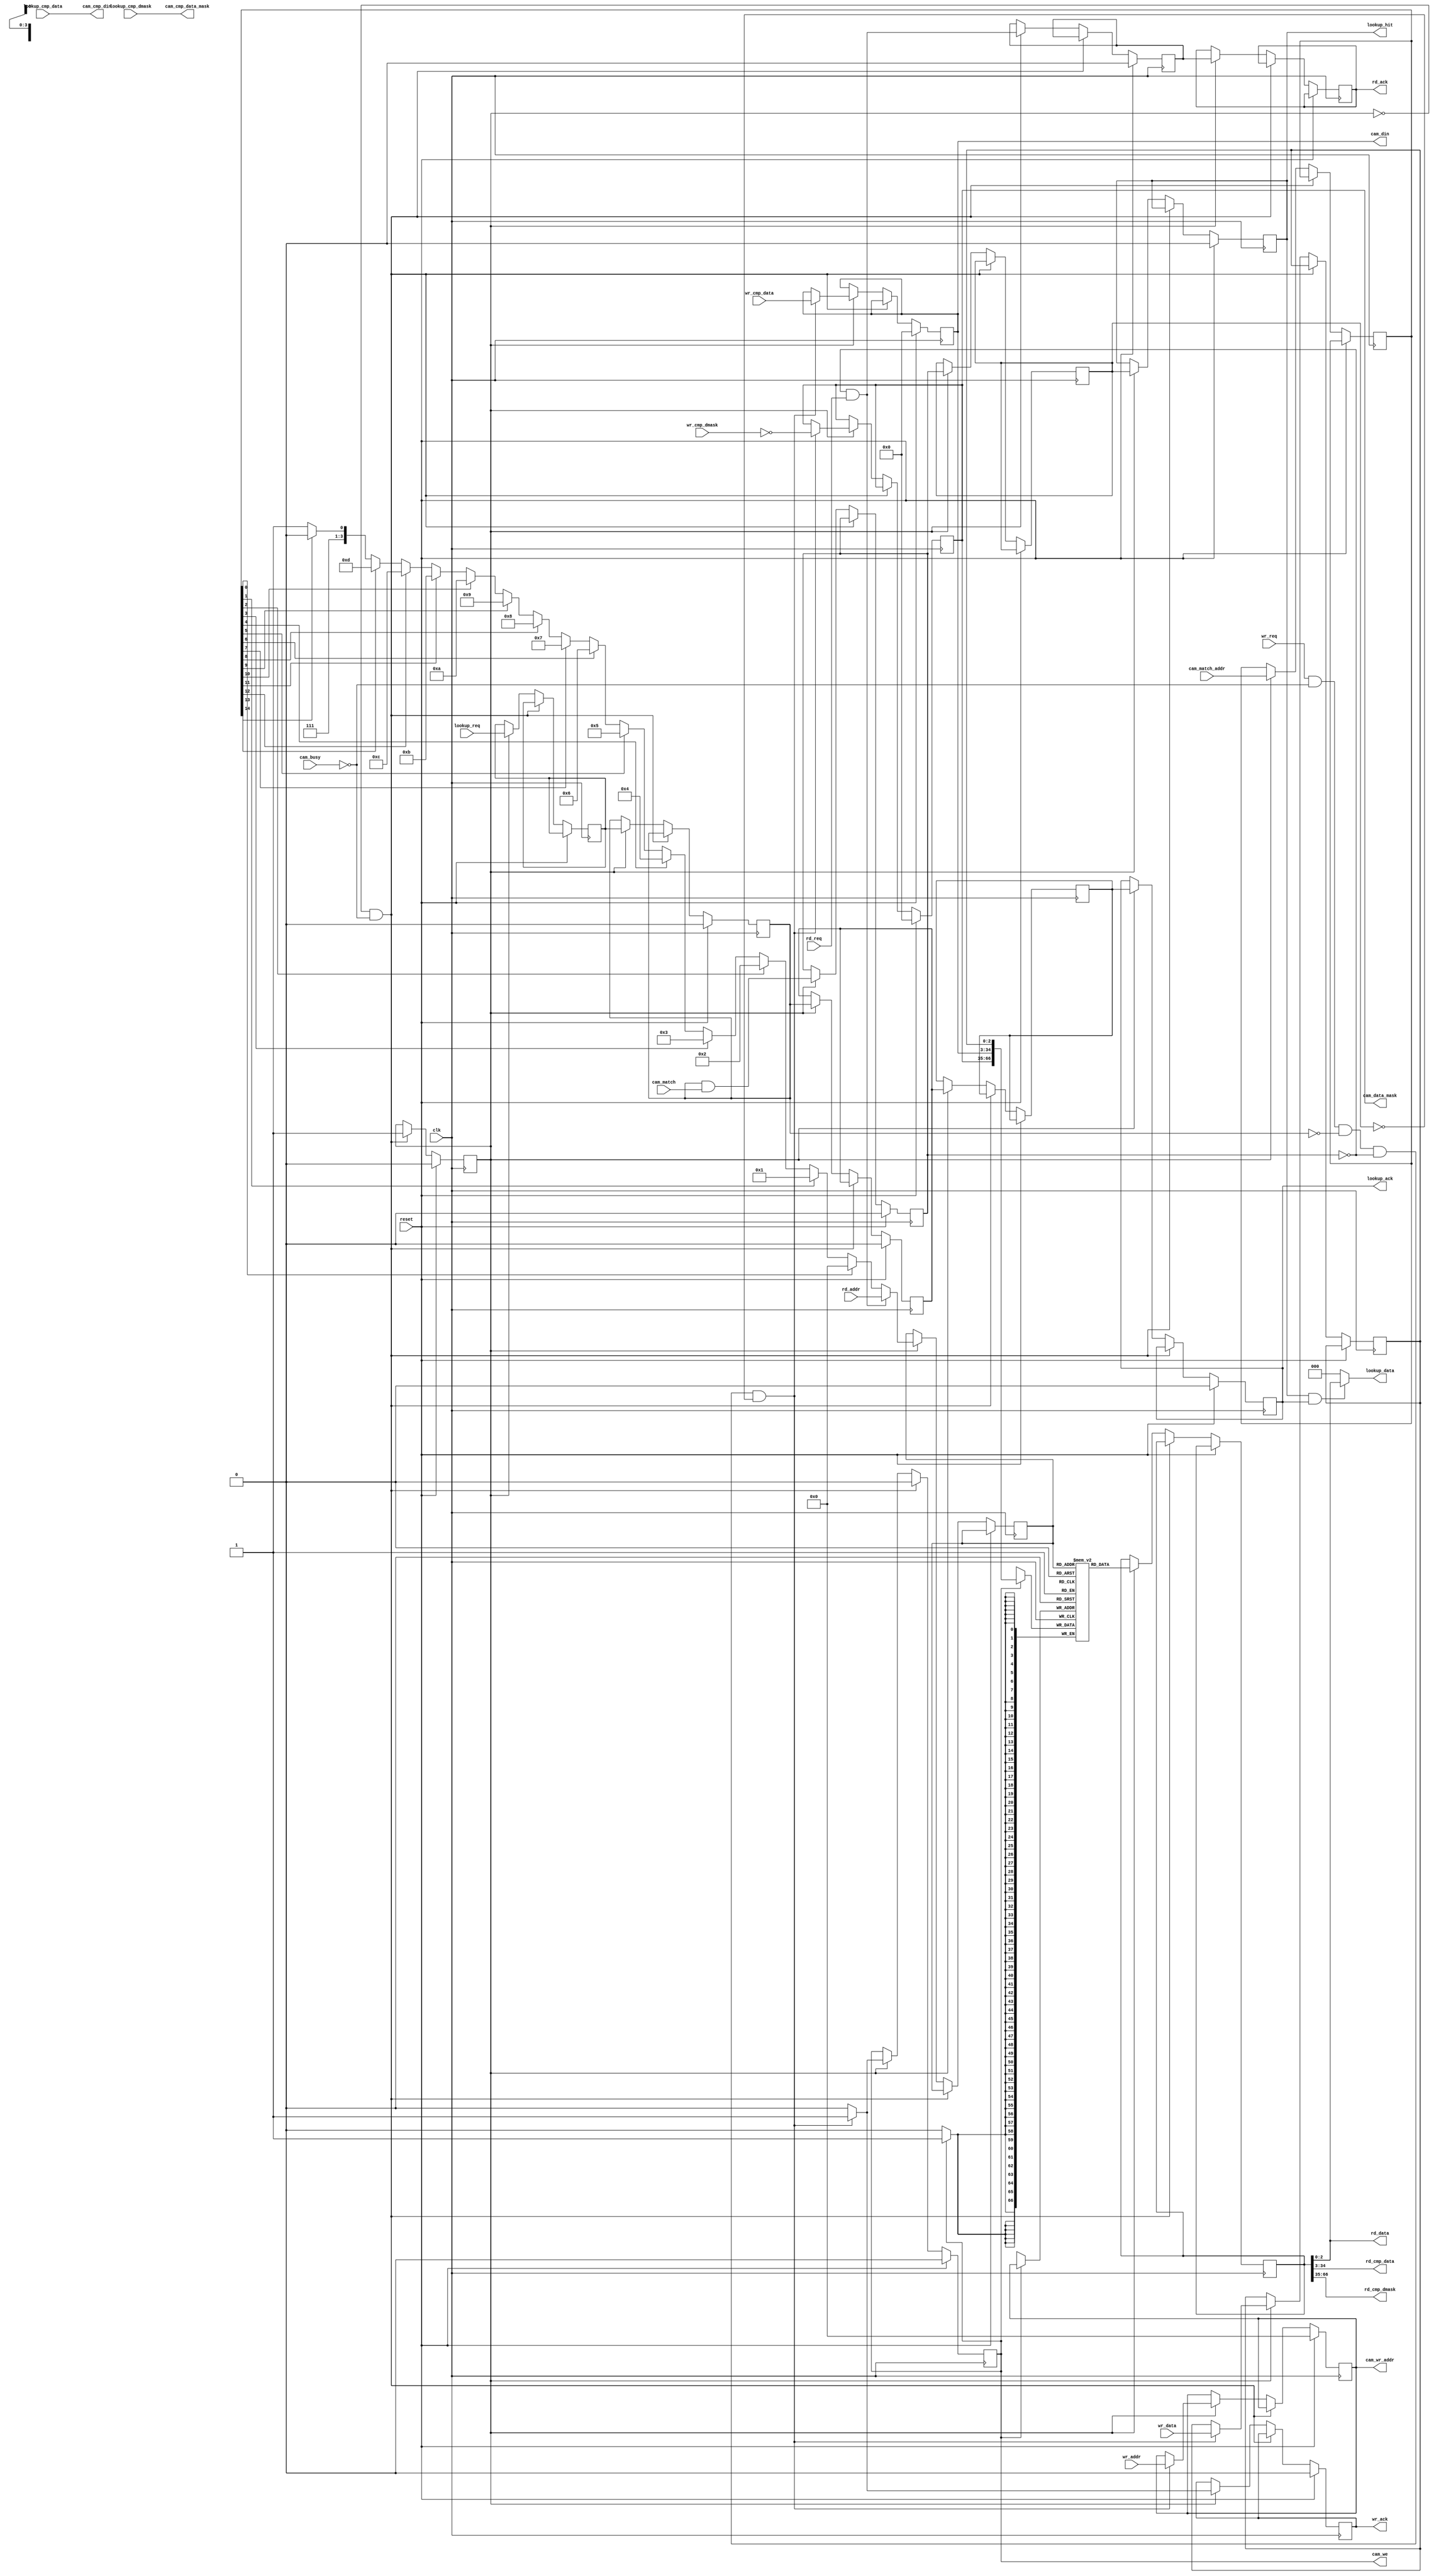
module unencoded_cam_lut_sm_lpm
    #(parameter CMP_WIDTH  = 32,
      parameter DATA_WIDTH = 3,
      parameter LUT_DEPTH  = 16,
      parameter LUT_DEPTH_BITS = log2(LUT_DEPTH),
      parameter DEFAULT_DATA = 0,                       // DATA to return on a miss
      parameter RESET_DATA = {DATA_WIDTH{1'b0}},        // value of data on reset
      parameter RESET_CMP_DATA = {CMP_WIDTH{1'b0}},     // value of compare datae on reset
      parameter RESET_CMP_DMASK = {CMP_WIDTH{1'b0}}     // value compare of data mask on reset
      )
   (// --- Interface for lookups
    input                              lookup_req,
    input      [CMP_WIDTH-1:0]         lookup_cmp_data,
    input      [CMP_WIDTH-1:0]         lookup_cmp_dmask,
    output reg                         lookup_ack,
    output reg                         lookup_hit,
    output     [DATA_WIDTH-1:0]        lookup_data,
    
    // --- Interface to registers
    // --- Read port
    input [LUT_DEPTH_BITS-1:0]         rd_addr,          // address in table to read
    input                              rd_req,           // request a read
    output [DATA_WIDTH-1:0]            rd_data,          // data found for the entry
    output [CMP_WIDTH-1:0]             rd_cmp_data,      // matching data for the entry
    output [CMP_WIDTH-1:0]             rd_cmp_dmask,     // don't cares entry
    output reg                         rd_ack,           // pulses high

    // --- Write port
    input [LUT_DEPTH_BITS-1:0]         wr_addr,
    input                              wr_req,
    input [DATA_WIDTH-1:0]             wr_data,          // data found for the entry
    input [CMP_WIDTH-1:0]              wr_cmp_data,      // matching data for the entry
    input [CMP_WIDTH-1:0]              wr_cmp_dmask,     // don't cares for the entry
    output reg                         wr_ack,

    // --- CAM interface
    input                              cam_busy,
    input                              cam_match,
    input      [LUT_DEPTH-1:0]         cam_match_addr,
    output     [CMP_WIDTH-1:0]         cam_cmp_din,
    output reg [CMP_WIDTH-1:0]         cam_din,
    output reg                         cam_we,
    output reg [LUT_DEPTH_BITS-1:0]    cam_wr_addr,
    output     [CMP_WIDTH-1:0]         cam_cmp_data_mask,
    output reg [CMP_WIDTH-1:0]         cam_data_mask,

    // --- Misc    
    input                              reset,
    input                              clk
   );

   
   function integer log2;
      input integer number;
      begin
         log2=0;
         while(2**log2<number) begin
            log2=log2+1;
         end
      end
   endfunction // log2

   //-------------------- Internal Parameters ------------------------
   localparam RESET = 0;
   localparam READY = 1;
   
   //---------------------- Wires and regs----------------------------
   reg [LUT_DEPTH_BITS-1:0]              lut_rd_addr;
   reg [DATA_WIDTH+2*CMP_WIDTH-1:0]      lut_rd_data;
   reg [DATA_WIDTH-1:0]                  lut_wr_data;

   reg [DATA_WIDTH+2*CMP_WIDTH-1:0]      lut[LUT_DEPTH-1:0];

   reg                                   lookup_latched;
   reg                                   cam_match_found;
   reg                                   cam_lookup_done;
   reg                                   rd_req_latched;

   reg                                   cam_match_encoded;
   reg                                   cam_match_found_d1;
   reg [LUT_DEPTH-1:0]                   cam_match_unencoded_addr;

   reg [LUT_DEPTH_BITS-1:0]              cam_match_encoded_addr;
	reg											lookup_latched_first_time;
   // synthesis attribute PRIORITY_EXTRACT of cam_match_encoded_addr is force;

   integer                               i;

   /* used to track the addresses for resetting the CAM and the LUT */
   reg [LUT_DEPTH_BITS:0]                reset_count;
   reg                                   state;
	//reg lookup_latched_first_time;
   
   //------------------------- Logic --------------------------------

   assign cam_cmp_din       = lookup_cmp_data;
   assign cam_cmp_data_mask = lookup_cmp_dmask;

   assign lookup_data       = (lookup_hit & lookup_ack) ? lut_rd_data[DATA_WIDTH-1:0] : DEFAULT_DATA;
   
   assign rd_data           = lut_rd_data[DATA_WIDTH-1:0];
   assign rd_cmp_data       = lut_rd_data[DATA_WIDTH+CMP_WIDTH-1:DATA_WIDTH];
   assign rd_cmp_dmask      = lut_rd_data[DATA_WIDTH+2*CMP_WIDTH-1:DATA_WIDTH+CMP_WIDTH];

   
   /* encode the match address */
   always @(*) begin
      cam_match_encoded_addr = LUT_DEPTH[LUT_DEPTH_BITS-1:0] - 1'b1;
      for (i = LUT_DEPTH-2; i >= 0; i = i-1) begin
         if (cam_match_unencoded_addr[i]) begin
            cam_match_encoded_addr = i[LUT_DEPTH_BITS-1:0];
         end
      end
   end
   
   always @(posedge clk) begin
      
      if(reset) begin
         lookup_latched     <= 0;
         cam_match_found    <= 0;
         cam_lookup_done    <= 0;
         rd_req_latched     <= 0;
         lookup_ack         <= 0;
         lookup_hit         <= 0;
         cam_we             <= 0;
         cam_wr_addr        <= 0;
         cam_din            <= 0;
         cam_data_mask      <= 0;
         wr_ack             <= 0;
         state              <= RESET;
         reset_count        <= 0;
      end // if (reset)
      else begin
         if (state == RESET && !cam_busy) begin
            if(1) begin  //  if(reset_count == LUT_DEPTH) begin
               state  <= READY;
               cam_we <= 1'b0;
            end
            else begin
               reset_count      <= reset_count + 1'b1;
               cam_we           <= 1'b1;
               cam_wr_addr      <= reset_count[LUT_DEPTH_BITS-1:0];
               cam_din          <= RESET_CMP_DATA;
               cam_data_mask    <= RESET_CMP_DMASK;
	       lut_wr_data      <= RESET_DATA;
            end
         end
         
         else if (state == READY) begin
            /* first pipeline stage -- do CAM lookup */
            lookup_latched_first_time   				<= lookup_req;
            lookup_latched              <= lookup_latched_first_time;
            /* second pipeline stage -- CAM result/LUT input*/
            cam_match_found             <= lookup_latched & cam_match;
            cam_lookup_done             <= lookup_latched;
            cam_match_unencoded_addr    <= cam_match_addr;

            /* third pipeline stage -- encode the CAM output */
            cam_match_encoded           <= cam_lookup_done;
            cam_match_found_d1          <= cam_match_found;
            lut_rd_addr                 <= (!cam_match_found && rd_req) ? rd_addr : cam_match_encoded_addr;
            rd_req_latched              <= (!cam_match_found && rd_req);
            
            /* fourth pipeline stage -- read LUT */
            lookup_ack                  <= cam_match_encoded;
            lookup_hit                  <= cam_match_found_d1;
            lut_rd_data                 <= lut[lut_rd_addr];
            rd_ack                      <= rd_req_latched;
            
            /* Handle writes */
            if(wr_req & !cam_busy & !lookup_latched & !cam_match_found & !cam_match_found_d1) begin
               cam_we           <= 1;
               cam_wr_addr      <= wr_addr;
               cam_din          <= wr_cmp_data ;
               cam_data_mask    <= ~wr_cmp_dmask;
               wr_ack           <= 1;
	       lut_wr_data      <= wr_data;
            end
            else begin
               cam_we <= 0;
               wr_ack <= 0;
            end // else: !if(wr_req & !cam_busy & !lookup_latched & !cam_match_found & !cam_match_found_d1)
         end // else: !if(state == RESET)
         
      end // else: !if(reset)

      // separate this out to allow implementation as BRAM
      if(cam_we) begin
	 lut[cam_wr_addr] <= {cam_data_mask, cam_din, lut_wr_data};
      end

   end // always @ (posedge clk)

endmodule